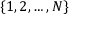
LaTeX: \{ 1 , 2 , \ldots , N \}